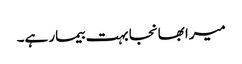
میرا بھانجا بہت بیمار ہے۔